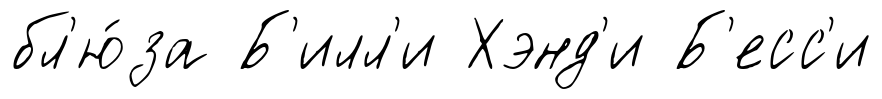
бл'ю́за Б'илл'и Хэнд'и Б'есс'и